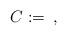
LaTeX: \begin{align*}C:=\frac{}{},\end{align*}